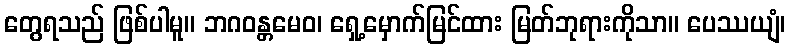
တွေရသည် ဖြစ်ပါမူ။ ဘဂဝန္တမေဝ၊ ရှေ့မှောက်မြင်ထား မြတ်ဘုရားကိုသာ။ ပေဿယျံ၊